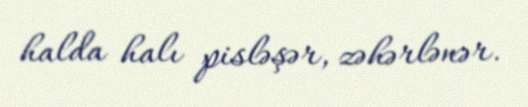
halda halı pisləşər, zəhərlənər.